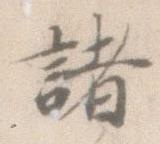
諸